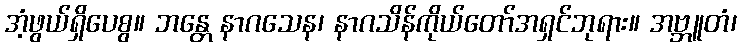
အံ့ဖွယ်ရှိပေစွ။ ဘန္တေ နာဂသေန၊ နာဂသိန်ကိုယ်တော်အရှင်ဘုရား။ အဗ္ဘူတံ၊